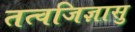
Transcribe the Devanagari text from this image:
तत्वजिज्ञासु